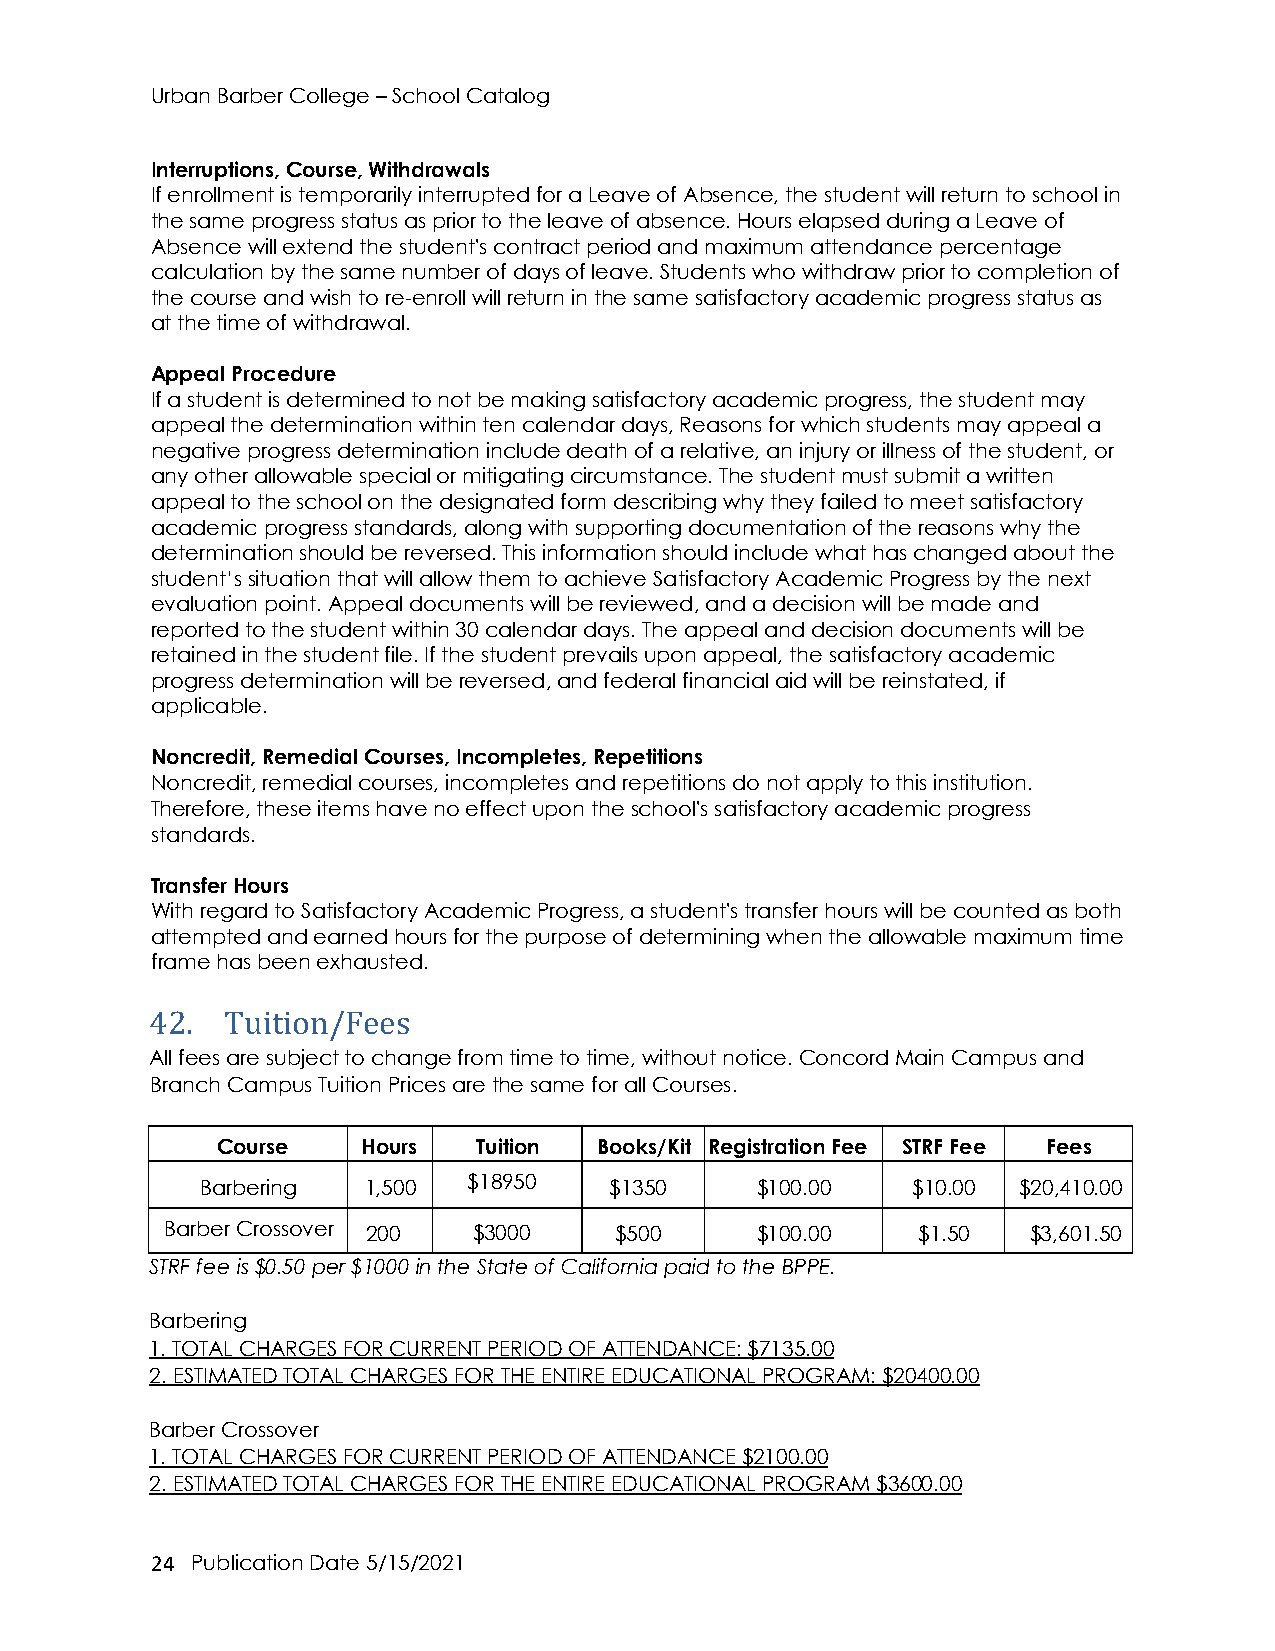
Urban Barber College – School Catalog
 Interruptions, Course, Withdrawals
 If enrollment is temporarily interrupted for a Leave of Absence, the student will return to school in
 the same progress status as prior to the leave of absence. Hours elapsed during a Leave of
 Absence will extend the student's contract period and maximum attendance percentage
 calculation by the same number of days of leave. Students who withdraw prior to completion of
 the course and wish to re-enroll will return in the same satisfactory academic progress status as
 at the time of withdrawal.
 Appeal Procedure
 If a student is determined to not be making satisfactory academic progress, the student may
 appeal the determination within ten calendar days, Reasons for which students may appeal a
 negative progress determination include death of a relative, an injury or illness of the student, or
 any other allowable special or mitigating circumstance. The student must submit a written
 appeal to the school on the designated form describing why they failed to meet satisfactory
 academic progress standards, along with supporting documentation of the reasons why the
 determination should be reversed. This information should include what has changed about the
 student’s situation that will allow them to achieve Satisfactory Academic Progress by the next
 evaluation point. Appeal documents will be reviewed, and a decision will be made and
 reported to the student within 30 calendar days. The appeal and decision documents will be
 retained in the student file. If the student prevails upon appeal, the satisfactory academic
 progress determination will be reversed, and federal financial aid will be reinstated, if
 applicable.
 Noncredit, Remedial Courses, Incompletes, Repetitions
 Noncredit, remedial courses, incompletes and repetitions do not apply to this institution.
 Therefore, these items have no effect upon the school's satisfactory academic progress
 standards.
 Transfer Hours
 With regard to Satisfactory Academic Progress, a student's transfer hours will be counted as both
 attempted and earned hours for the purpose of determining when the allowable maximum time
 frame has been exhausted.
 42.  Tuition/Fees
 All fees are subject to change from time to time, without notice. Concord Main Campus and
 Branch Campus Tuition Prices are the same for all Courses.
 Course    Hours   Tuition Books/Kit Registration Fee STRF Fee Fees
 Barbering  1,500  $18950   $1350     $100.00   $10.00 $20,410.00
 Barber Crossover 200 $3000    $500     $100.00    $1.50  $3,601.50
 STRF fee is $0.50 per $1000 in the State of California paid to the BPPE.
 Barbering
 1. TOTAL CHARGES FOR CURRENT PERIOD OF ATTENDANCE: $7135.00
 2. ESTIMATED TOTAL CHARGES FOR THE ENTIRE EDUCATIONAL PROGRAM: $20400.00
 Barber Crossover
 1. TOTAL CHARGES FOR CURRENT PERIOD OF ATTENDANCE $2100.00
 2. ESTIMATED TOTAL CHARGES FOR THE ENTIRE EDUCATIONAL PROGRAM $3600.00
 2 4 Publication Date 5/15/2021